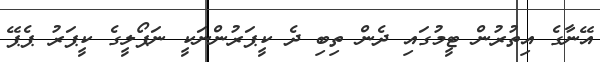
އޭނާގެ އިތުރުން ޓީމުގައި ދެން ތިބި ދެ ކީޕަރުންނަކީ ނަޕޯލީގެ ކީޕަރު ޕެޕޭ